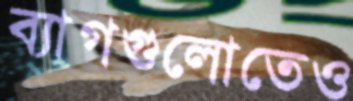
ব্যাগগুলোতেও